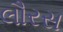
લૌરસ